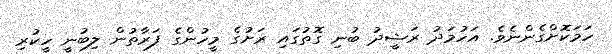
ހަމަކޮށްގެންނެވެ. އަހުމަދު ރަޝީދު ބުނި ގޮތުގައި ރަށުގެ މީހުންގެ ފަރާތުން ލިބުނީ ހީކުރި